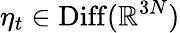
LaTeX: \eta_{t}\in\operatorname{Diff}(\mathbb{R}^{3N})